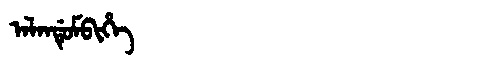
Manchu: ᠠᠯᠠᠨᡩᡠᠮᠪᡳᡥᡝ
Romanization: ALANDUMBIHE